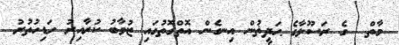
މާތް  ގެ ރަސޫލާގެ ޙަދީޡުން އިނގެން އޮތްގޮތުގައި ޒުވާބު ކުރާއިރު ހަޑިހުތުރު